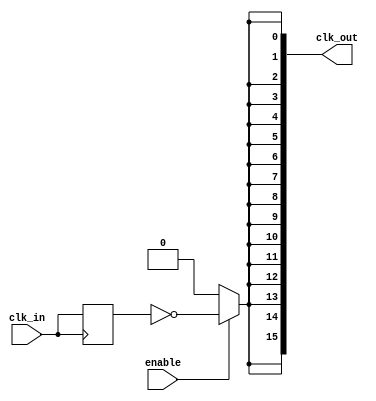
module HighFanoutClockBuffer (
    input wire clk_in,            // Clock input
    input wire enable,            // Enable signal for the buffer
    output wire [NUM_OUTPUTS-1:0] clk_out // Clock outputs
);

parameter NUM_OUTPUTS = 16; // Number of output loads
parameter DRIVE_STRENGTH = 2; // Drive strength parameter (can be adjusted)

// Internal signals
wire clk_buf; // Buffered clock signal

// Buffering stage: Simple inverter-based buffer
generate
    genvar i;
    for (i = 0; i < NUM_OUTPUTS; i = i + 1) begin : buffer_stage
        if (DRIVE_STRENGTH == 1) begin
            assign clk_out[i] = enable ? clk_buf : 1'b0; // Low drive strength
        end else if (DRIVE_STRENGTH == 2) begin
            assign clk_out[i] = enable ? ~clk_buf : 1'b0; // Medium drive strength
        end else begin
            assign clk_out[i] = enable ? clk_buf : 1'b0; // High drive strength
        end
    end
endgenerate

// Clock synchronization (optional)
reg clk_sync;
always @(posedge clk_in) begin
    clk_sync <= clk_in; // Simple synchronization
end

// Buffering stage: Driving the internal buffered clock
assign clk_buf = clk_sync; // Connect synchronized clock to buffer

endmodule